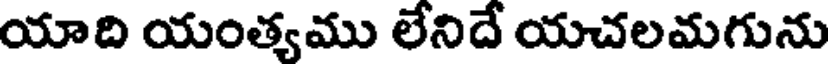
యాది యంత్యము లేనిదే యచలమగును